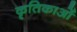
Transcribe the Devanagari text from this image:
कृतिकाओं